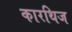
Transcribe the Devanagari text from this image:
कारथिज